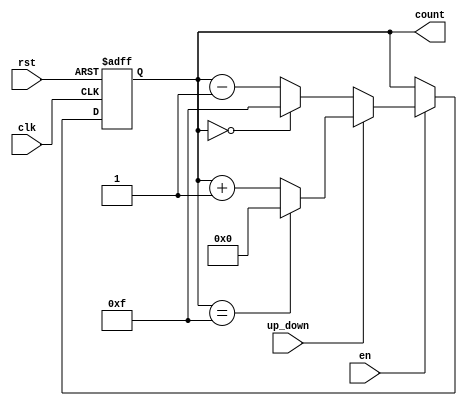
module UpDownCounter #(
    parameter N = 4  // Parameter defining the bit-width of the counter
) (
    input wire clk,          // Clock input
    input wire rst,          // Asynchronous reset input
    input wire up_down,      // Up/Down control signal
    input wire en,           // Enable signal
    output reg [N-1:0] count // N-bit output for the current count value
);

    // Maximum value for the counter (2^N - 1)
    localparam MAX_COUNT = (1 << N) - 1;

    // Asynchronous reset and counting logic
    always @(posedge clk or posedge rst) begin
        if (rst) begin
            count <= 0; // Reset counter to 0
        end else if (en) begin
            if (up_down) begin
                // Counting Up
                if (count == MAX_COUNT) begin
                    count <= 0; // Wrap around to 0
                end else begin
                    count <= count + 1; // Increment count
                end
            end else begin
                // Counting Down
                if (count == 0) begin
                    count <= MAX_COUNT; // Wrap around to MAX_COUNT
                end else begin
                    count <= count - 1; // Decrement count
                end
            end
        end
    end

endmodule